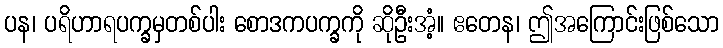
ပန၊ ပရိဟာရပက္ခမှတစ်ပါး စောဒကပက္ခကို ဆိုဦးအံ့။ ဧတေန၊ ဤအကြောင်းဖြစ်သော